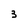
Character: 3